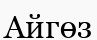
Айгөз